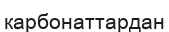
карбонаттардан